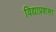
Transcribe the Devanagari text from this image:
विद्याप्रशंसा